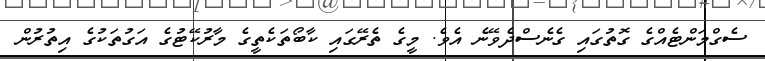
ސެގްމަންޓެއްގެ ގޮތުގައި ގެނެސްދެވޭނެ އެވެ. މީގެ ތެރޭގައި ކާބޯތަކެތީގެ މާރުކޭޓުގެ އަގުތަކުގެ އިތުރުން